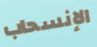
الإنسحاب